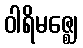
ဝါရိမဇ္ဈေ